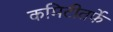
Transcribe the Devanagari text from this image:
कमिटीतर्फे